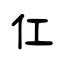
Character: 仜